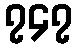
၇၄၇